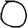
Digit: 0